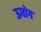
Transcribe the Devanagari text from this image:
ऊधोग